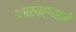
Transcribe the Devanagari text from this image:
आळवल्याने